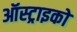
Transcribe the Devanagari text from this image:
ऑस्ट्राइको